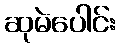
ဆုမဲပေါင်း